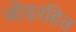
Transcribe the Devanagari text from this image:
जोड़रहित